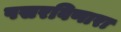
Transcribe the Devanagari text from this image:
पसरविणारा